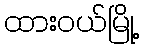
ထားဝယ်မြို့